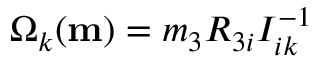
\Omega _ { k } ( { \bf m } ) = m _ { 3 } R _ { 3 i } I _ { i k } ^ { - 1 }